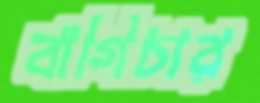
বাগিচার